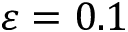
\varepsilon = 0 . 1